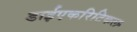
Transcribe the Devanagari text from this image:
डाईएकरिटिकल